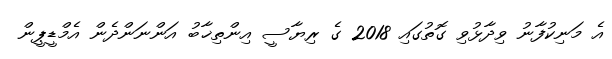
އެ މަނިކުފާނު ވިދާޅުވި ގޮތުގައި 2018 ގެ ރިޔާސީ އިންތިޚާބު އަންނަންދެން އެމްޑީޕީން